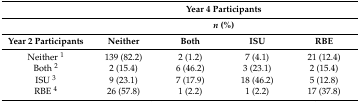
<table><thead><tr><td></td><td colspan="4"><b>Year 4 Participants</b></td></tr><tr><td></td><td colspan="4"><b><i>n</i> (%)</b></td></tr><tr><td><b>Year 2 Participants</b></td><td><b>Neither</b></td><td><b>Both</b></td><td><b>ISU</b></td><td><b>RBE</b></td></tr></thead><tbody><tr><td>Neither <sup>1</sup></td><td>139 (82.2)</td><td>2 (1.2)</td><td>7 (4.1)</td><td>21 (12.4)</td></tr><tr><td>Both <sup>2</sup></td><td>2 (15.4)</td><td>6 (46.2)</td><td>3 (23.1)</td><td>2 (15.4)</td></tr><tr><td>ISU <sup>3</sup></td><td>9 (23.1)</td><td>7 (17.9)</td><td>18 (46.2)</td><td>5 (12.8)</td></tr><tr><td>RBE <sup>4</sup></td><td>26 (57.8)</td><td>1 (2.2)</td><td>1 (2.2)</td><td>17 (37.8)</td></tr></tbody></table>